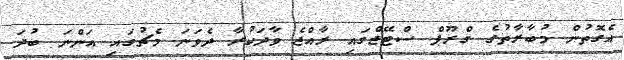
އެގޮތުން މުބާރާތުގެ ގްރޫޕް ސްޓޭޖްގައި ރާއްޖެ ވާދަކުރާ ދެވަނަ މެޗުގައި އަންނަ ބުދަ